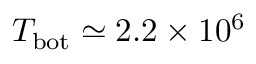
T _ { \mathrm { b o t } } \simeq 2 . 2 \times 1 0 ^ { 6 }